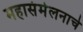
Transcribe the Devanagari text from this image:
महासंमेलनाचे